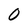
Character: O